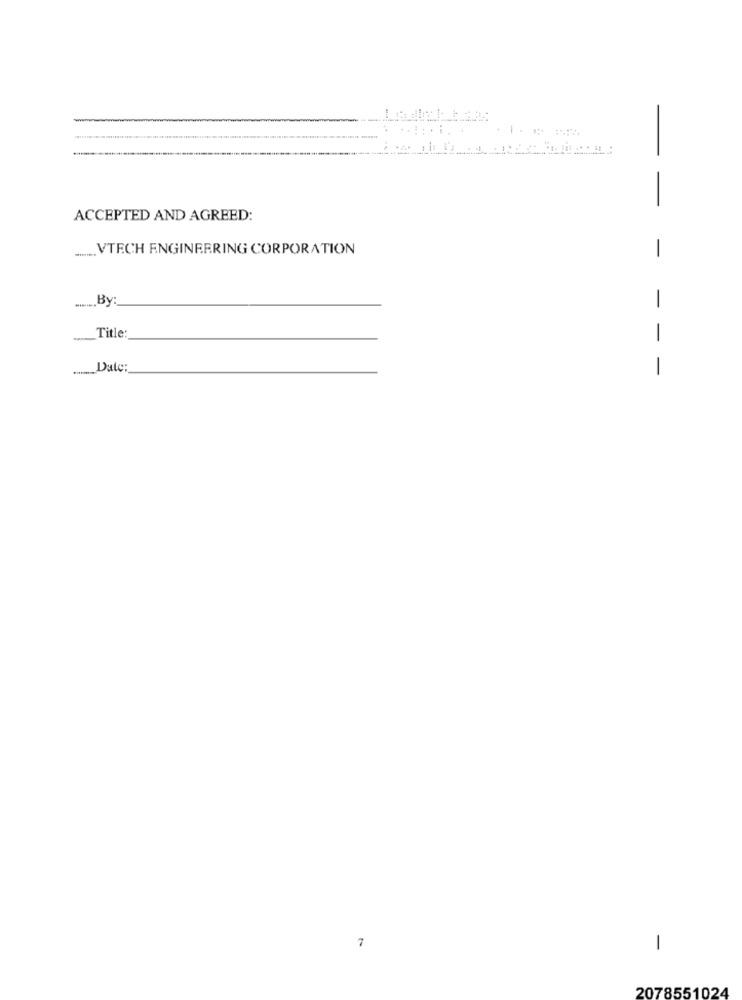
--
ACCEPTED AND AGREED:
VTECH ENGINEERING CORPORATION
-
-. By:
-
Title
Date:
- - -
7
-
2078551024